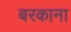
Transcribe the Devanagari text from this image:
बरकाना